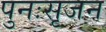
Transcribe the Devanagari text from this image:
पुनःसृजन